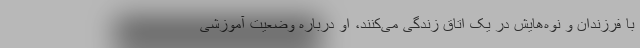
با فرزندان و نوه‌هایش در یک اتاق زندگی می‌کنند، او درباره وضعیت آموزشی